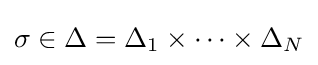
\sigma \in \Delta =\Delta _{1}\times \dotsb \times \Delta _{N}